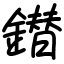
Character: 鐟